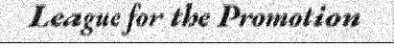
League for the Promotion